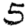
Digit: 5